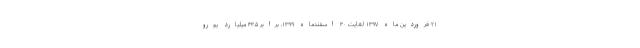
۲۱ فروردین ماه ۱۳۹۷ لغایت ۳۰ اسفندماه ۱۳۹۹، برابر ۴۳.۵ میلیارد یورو